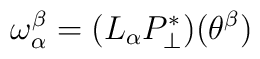
\omega_\alpha^\beta = (L_\alpha P_\perp^*)(\theta^\beta)